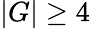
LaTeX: |G|\ge 4